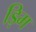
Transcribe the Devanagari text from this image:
ड़िम